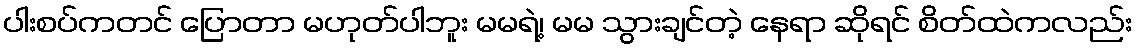
ပါးစပ်ကတင် ပြောတာ မဟုတ်ပါဘူး မမရဲ့၊ မမ သွားချင်တဲ့ နေရာ ဆိုရင် စိတ်ထဲကလည်း